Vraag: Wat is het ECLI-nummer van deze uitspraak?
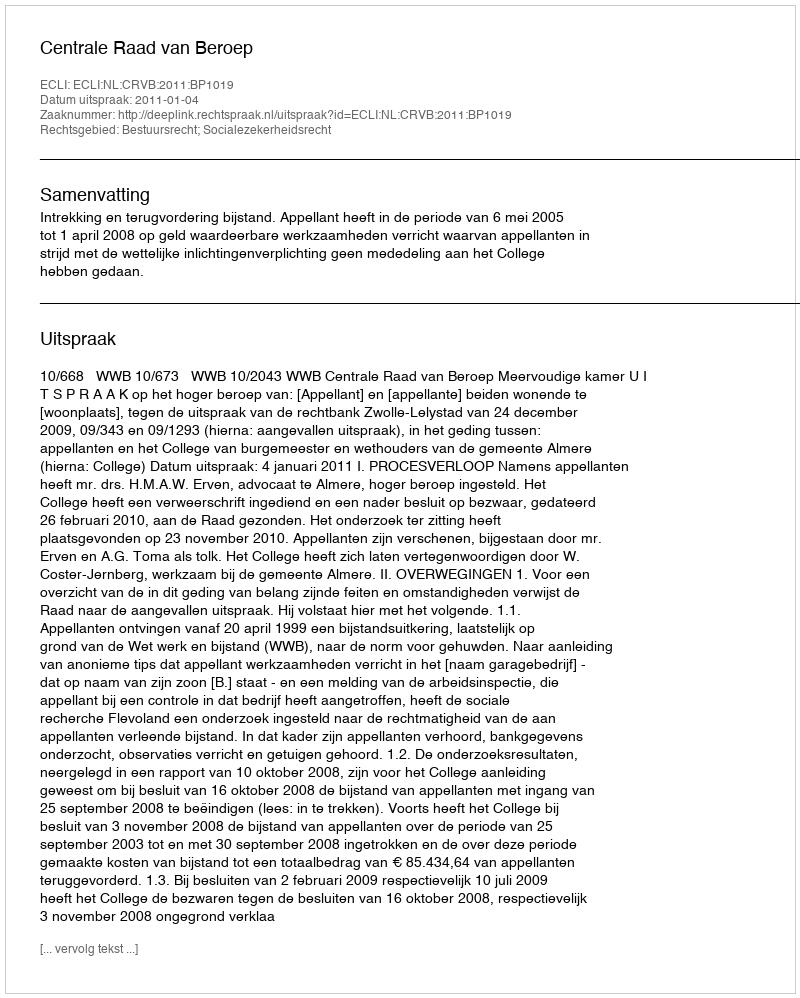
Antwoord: ECLI:NL:CRVB:2011:BP1019